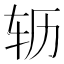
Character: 𫐆